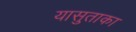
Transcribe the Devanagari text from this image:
यासुताका